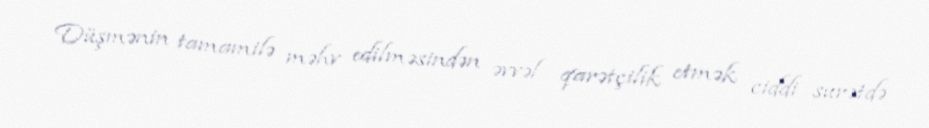
Düşmənin tamamilə məhv edilməsindən əvvəl qarətçilik etmək ciddi surətdə